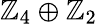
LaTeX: \mathbb{Z}_{4}\oplus\mathbb{Z}_{2}